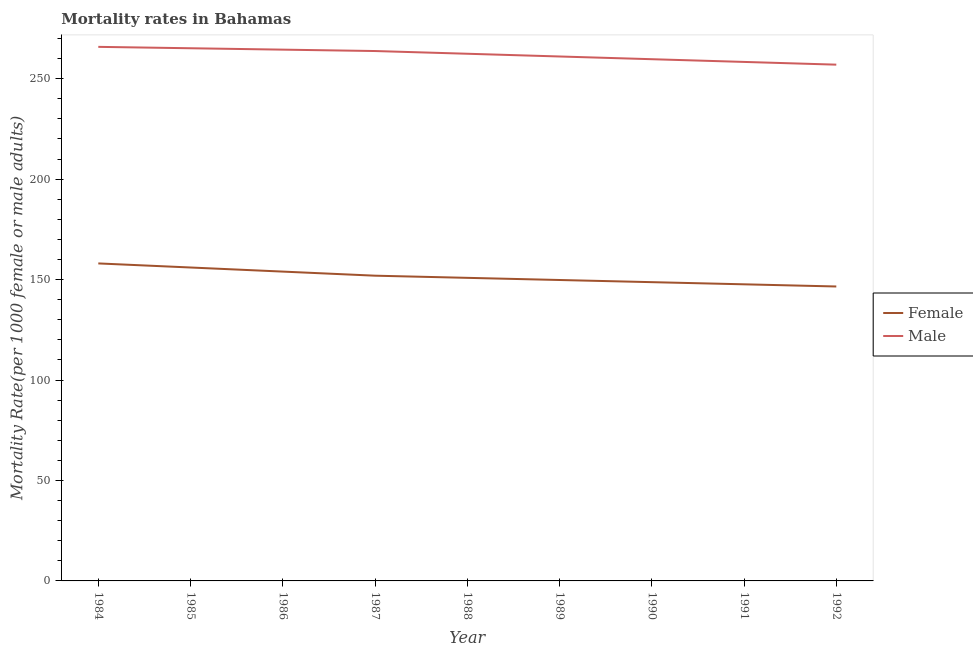
| Year | Female | Male |
 | --- | --- | --- |
 | 1984 | 158 | 266 |
 | 1985 | 156 | 265 |
 | 1986 | 154 | 264 |
 | 1987 | 152 | 264 |
 | 1988 | 151 | 262 |
 | 1989 | 150 | 261 |
 | 1990 | 149 | 260 |
 | 1991 | 148 | 258 |
 | 1992 | 147 | 257 |